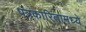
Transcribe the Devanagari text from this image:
पत्रकारितामध्ये